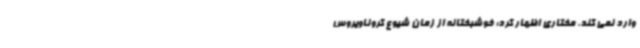
وارد نمی کند. مختاری اظهار کرد: خوشبختانه از زمان شیوع کروناویروس